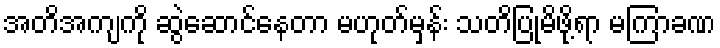
အတိအကျကို ဆွဲဆောင်နေတာ မဟုတ်မှန်း သတိပြုမိဖို့ရာ မကြာခဏ